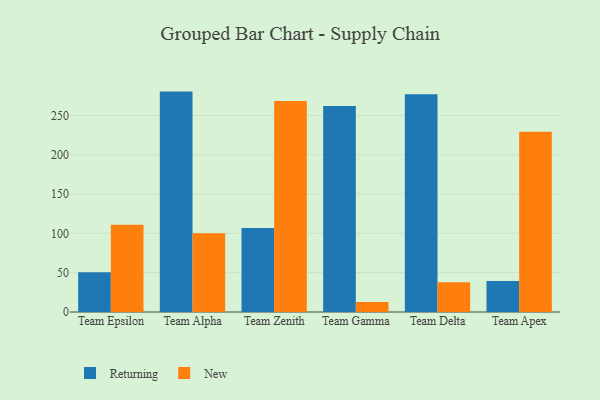
{"axis": {"x": "Team", "y": "Humidity (%)"}, "legend": ["New", "Returning"], "data": [{"x": "Team Epsilon", "y": 50.6, "type": "Returning"}, {"x": "Team Epsilon", "y": 111.0, "type": "New"}, {"x": "Team Alpha", "y": 280.2, "type": "Returning"}, {"x": "Team Alpha", "y": 100.2, "type": "New"}, {"x": "Team Zenith", "y": 106.8, "type": "Returning"}, {"x": "Team Zenith", "y": 268.4, "type": "New"}, {"x": "Team Gamma", "y": 261.9, "type": "Returning"}, {"x": "Team Gamma", "y": 12.7, "type": "New"}, {"x": "Team Delta", "y": 276.9, "type": "Returning"}, {"x": "Team Delta", "y": 37.7, "type": "New"}, {"x": "Team Apex", "y": 39.3, "type": "Returning"}, {"x": "Team Apex", "y": 229.1, "type": "New"}]}